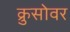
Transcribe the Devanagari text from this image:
क्रुसोवर